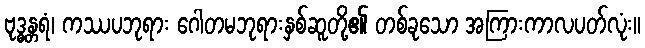
ဗုဒ္ဓန္တရံ၊ ကဿပဘုရား ဂေါတမဘုရားနှစ်ဆူတို့၏ တစ်ခုသော အကြားကာလပတ်လုံး။